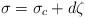
LaTeX: \begin{align*}\sigma = \sigma_c + d\zeta\end{align*}